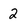
Character: 2